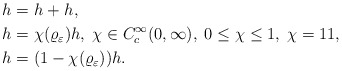
\begin{align*}h &=h_{}+h_{},\\h_{}&=\chi(\varrho_\varepsilon )h,\; \chi\in C_c^\infty(0, \infty),\; 0 \leq \chi\leq 1,\; \chi = 1 1 ,\\h_{}&=(1-\chi(\varrho_\varepsilon))h.\end{align*}